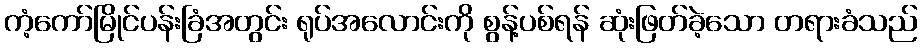
ကံ့ကော်မြိုင်ပန်းခြံအတွင်း ရုပ်အလောင်းကို စွန့်ပစ်ရန် ဆုံးဖြတ်ခဲ့သော တရားခံသည်